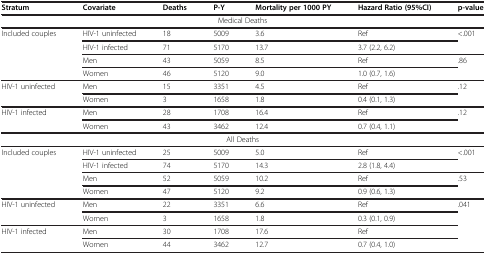
<table><thead><tr><td><b>Stratum</b></td><td><b>Covariate</b></td><td><b>Deaths</b></td><td><b>P-Y</b></td><td><b>Mortality per 1000 PY</b></td><td><b>Hazard Ratio (95%CI)</b></td><td><b>p-value</b></td></tr></thead><tbody><tr><td colspan="7">Medical Deaths</td></tr><tr><td>Included couples</td><td>HIV-1 uninfected</td><td>18</td><td>5009</td><td>3.6</td><td>Ref</td><td>&lt;.001</td></tr><tr><td> </td><td>HIV-1 infected</td><td>71</td><td>5170</td><td>13.7</td><td>3.7 (2.2, 6.2)</td><td> </td></tr><tr><td> </td><td>Men</td><td>43</td><td>5059</td><td>8.5</td><td>Ref</td><td>.86</td></tr><tr><td> </td><td>Women</td><td>46</td><td>5120</td><td>9.0</td><td>1.0 (0.7, 1.6)</td><td> </td></tr><tr><td>HIV-1 uninfected</td><td>Men</td><td>15</td><td>3351</td><td>4.5</td><td>Ref</td><td>.12</td></tr><tr><td> </td><td>Women</td><td>3</td><td>1658</td><td>1.8</td><td>0.4 (0.1, 1.3)</td><td> </td></tr><tr><td>HIV-1 infected</td><td>Men</td><td>28</td><td>1708</td><td>16.4</td><td>Ref</td><td>.12</td></tr><tr><td> </td><td>Women</td><td>43</td><td>3462</td><td>12.4</td><td>0.7 (0.4, 1.1)</td><td> </td></tr><tr><td colspan="7">All Deaths</td></tr><tr><td>Included couples</td><td>HIV-1 uninfected</td><td>25</td><td>5009</td><td>5.0</td><td>Ref</td><td>&lt;.001</td></tr><tr><td> </td><td>HIV-1 infected</td><td>74</td><td>5170</td><td>14.3</td><td>2.8 (1.8, 4.4)</td><td> </td></tr><tr><td> </td><td>Men</td><td>52</td><td>5059</td><td>10.2</td><td>Ref</td><td>.53</td></tr><tr><td> </td><td>Women</td><td>47</td><td>5120</td><td>9.2</td><td>0.9 (0.6, 1.3)</td><td> </td></tr><tr><td>HIV-1 uninfected</td><td>Men</td><td>22</td><td>3351</td><td>6.6</td><td>Ref</td><td>.041</td></tr><tr><td> </td><td>Women</td><td>3</td><td>1658</td><td>1.8</td><td>0.3 (0.1, 0.9)</td><td> </td></tr><tr><td>HIV-1 infected</td><td>Men</td><td>30</td><td>1708</td><td>17.6</td><td>Ref</td><td> </td></tr><tr><td> </td><td>Women</td><td>44</td><td>3462</td><td>12.7</td><td>0.7 (0.4, 1.0)</td><td> </td></tr></tbody></table>